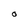
Character: O